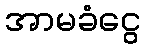
အာမခံငွေ